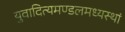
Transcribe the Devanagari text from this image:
युवादित्यमण्डलमध्यस्थां